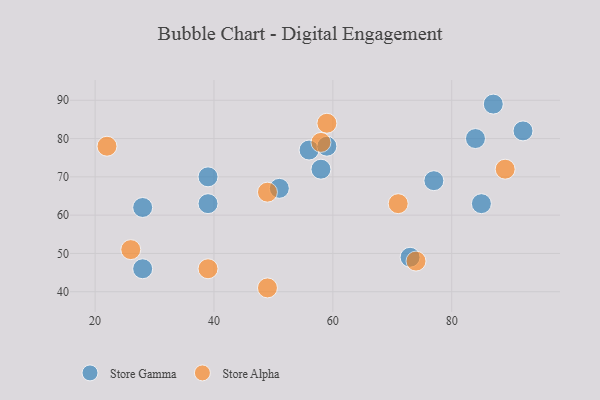
{"axis": {"x": "GDP", "y": "Life Expectancy"}, "legend": ["Store Alpha", "Store Gamma"], "data": [{"x": "39", "y": 70, "type": "Store Gamma"}, {"x": "28", "y": 62, "type": "Store Gamma"}, {"x": "73", "y": 49, "type": "Store Gamma"}, {"x": "92", "y": 82, "type": "Store Gamma"}, {"x": "84", "y": 80, "type": "Store Gamma"}, {"x": "56", "y": 77, "type": "Store Gamma"}, {"x": "87", "y": 89, "type": "Store Gamma"}, {"x": "28", "y": 46, "type": "Store Gamma"}, {"x": "51", "y": 67, "type": "Store Gamma"}, {"x": "59", "y": 78, "type": "Store Gamma"}, {"x": "58", "y": 72, "type": "Store Gamma"}, {"x": "39", "y": 63, "type": "Store Gamma"}, {"x": "77", "y": 69, "type": "Store Gamma"}, {"x": "85", "y": 63, "type": "Store Gamma"}, {"x": "74", "y": 48, "type": "Store Alpha"}, {"x": "49", "y": 41, "type": "Store Alpha"}, {"x": "58", "y": 79, "type": "Store Alpha"}, {"x": "39", "y": 46, "type": "Store Alpha"}, {"x": "22", "y": 78, "type": "Store Alpha"}, {"x": "49", "y": 66, "type": "Store Alpha"}, {"x": "26", "y": 51, "type": "Store Alpha"}, {"x": "71", "y": 63, "type": "Store Alpha"}, {"x": "59", "y": 84, "type": "Store Alpha"}, {"x": "89", "y": 72, "type": "Store Alpha"}]}